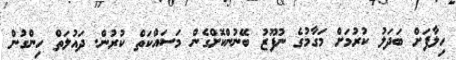
ހިލާފަށް ބަދަލު ކުރުމަށް މަގާމުގެ ނުފޫޒު ބޭނުންކޮށްގެން މަސައްކަތް ކުުރުން. ދައުލަތް ހިންގުން